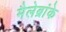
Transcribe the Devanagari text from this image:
मैलेब्रांके